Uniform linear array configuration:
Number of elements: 48
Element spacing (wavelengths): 0.75
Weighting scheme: kaiser
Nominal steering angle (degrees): -30
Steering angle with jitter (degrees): -29.721
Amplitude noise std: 0.05
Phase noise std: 0.05

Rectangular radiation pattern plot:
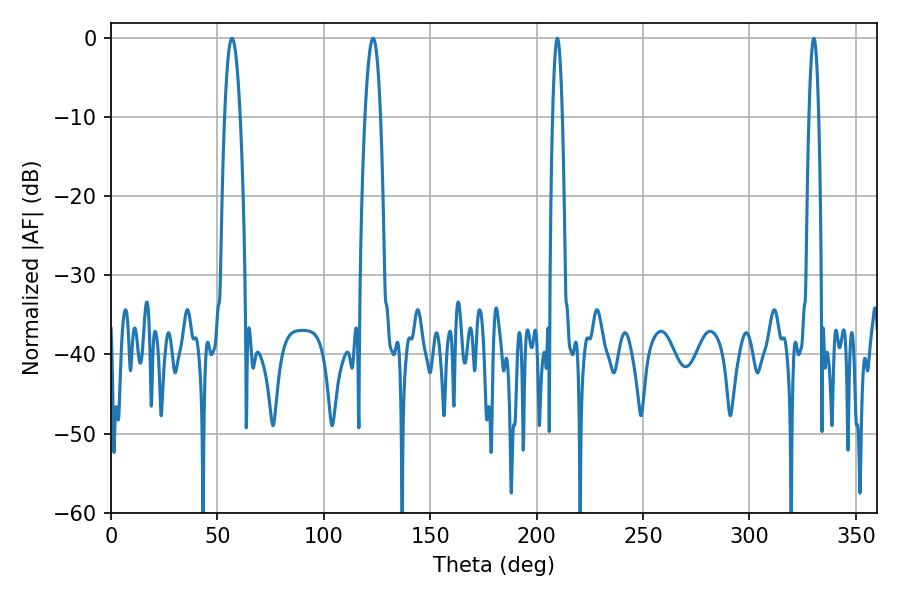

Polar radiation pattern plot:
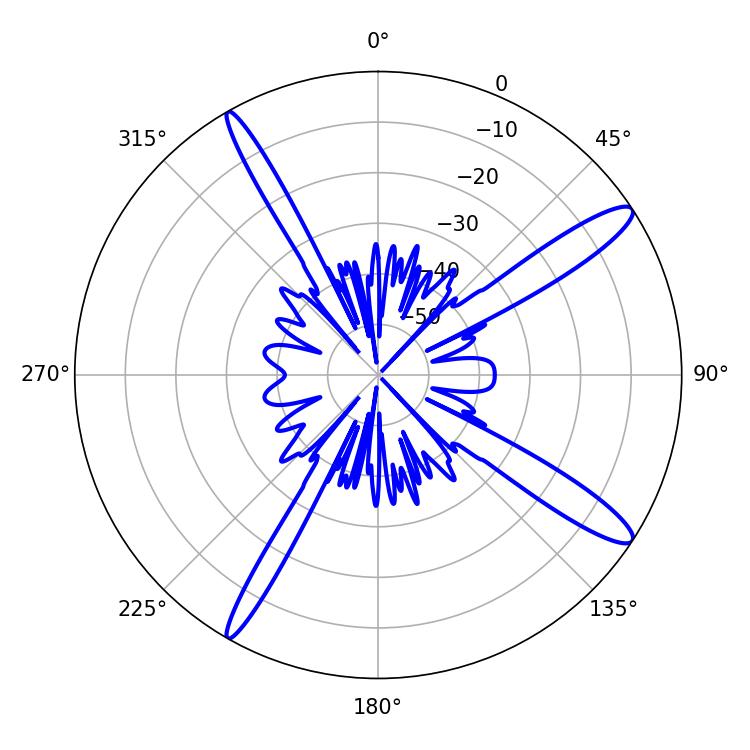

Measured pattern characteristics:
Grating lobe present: TRUE
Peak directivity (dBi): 13.965
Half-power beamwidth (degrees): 3.96
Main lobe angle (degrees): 56.88